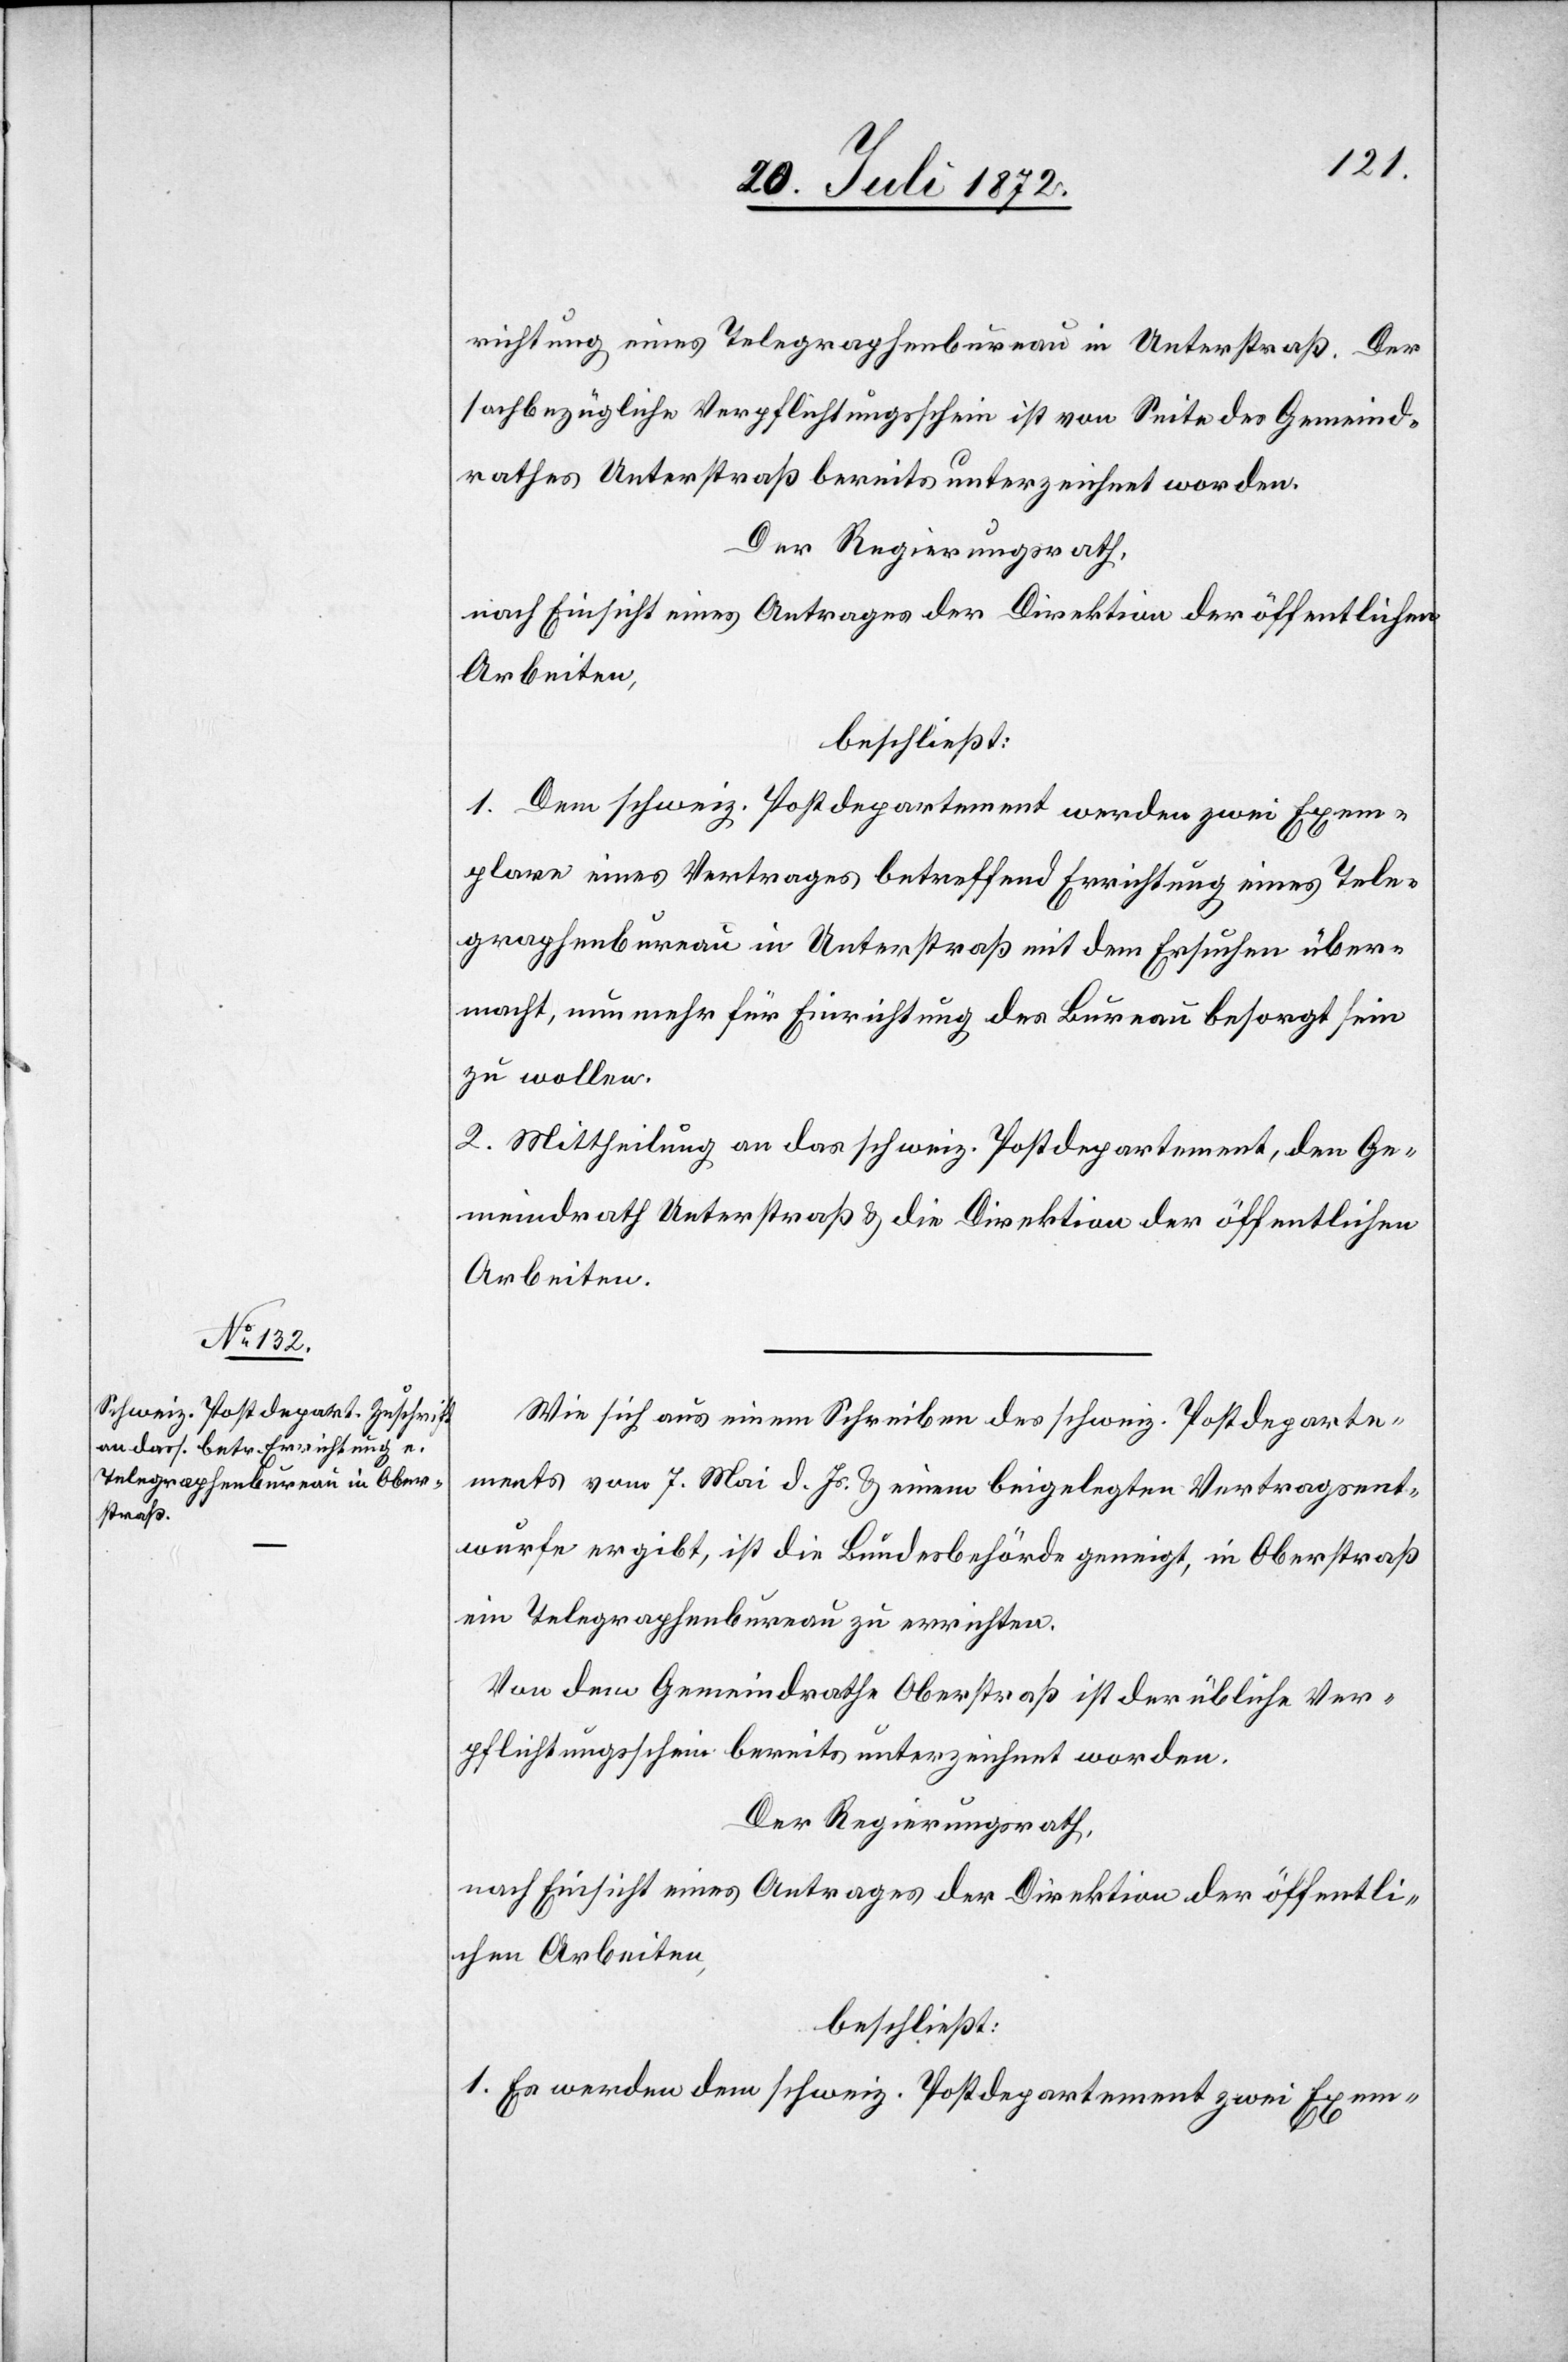
richtung eines Telegraphenbureau in Unterstraß. Der
sachbezügliche Verpflichtungsschein ist von Seite des Gemeind¬
rathes Unterstraß bereits unterzeichnet worden.
Der Regierungsrath,
nach Einsicht eines Antrages der Direktion der öffentlichen
Arbeiten,
beschließt:
1. Dem schweiz. Postdepartement werden zwei Exem¬
plare eines Vertrages betreffend Errichtung eines Tele¬
graphenbureau in Unterstraß mit dem Ersuchen über¬
macht, nunmehr für Einrichtung des Bureau besorgt sein
zu wollen.
2. Mittheilung an das schweiz. Postdepartement, den Ge¬
meindrath Unterstraß u. die Direktion der öffentlichen
Arbeiten.
Wie sich aus einem Schreiben des schweiz. Postdeparte¬
ments vom 7. Mai d. Js. u. einem beigelegten Vertragsent¬
wurfe ergibt, ist die Bundesbehörde geneigt, in Oberstraß
ein Telegraphenbureau zu errichten.
Von dem Gemeindrathe Oberstraß ist der übliche Ver¬
pflichtungsschein bereits unterzeichnet worden.
1. Es werden dem schweiz. Postdepartement zwei Exem-